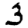
Digit: 3